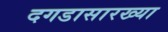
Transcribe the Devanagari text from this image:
दगडासारख्या